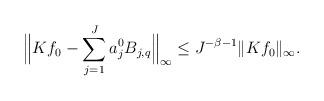
LaTeX: \begin{align*}\Bigl\|Kf_0 - \sum_{j=1}^J a_j^0 B_{j,q} \Bigr\|_\infty \leq J^{-\beta -1} \|Kf_0\|_\infty.\end{align*}